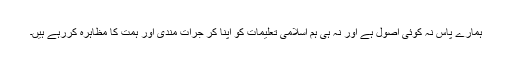
ہمارے پاس نہ کوئی اصول ہے اور نہ ہی ہم اسلامی تعلیمات کو اپنا کر جرأت مندی اور ہمت کا مظاہرہ کررہے ہیں۔